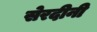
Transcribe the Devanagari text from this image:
सेरदीनी